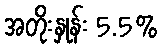
အတိုးနှုန်း 5.5%